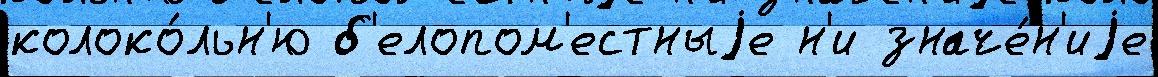
колоко́льн'ю б'елопом'естныjе н'и значе́н'иjе